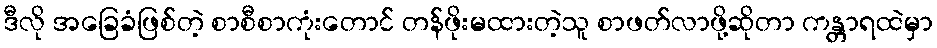
ဒီလို အခြေခံဖြစ်တဲ့ စာစီစာကုံးတောင် တန်ဖိုးမထားတဲ့သူ စာဖတ်လာဖို့ဆိုတာ ကန္တာရထဲမှာ